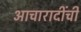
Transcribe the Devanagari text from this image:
आचारादींची